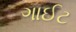
ગાઈટ